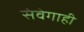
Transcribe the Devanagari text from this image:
संवेगाही